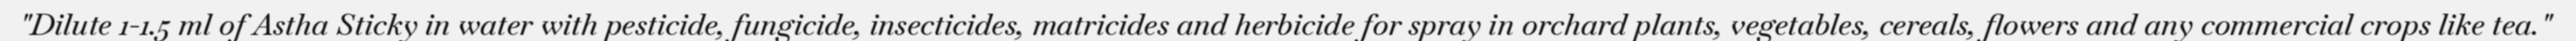
"Dilute 1-1.5 ml of Astha Sticky in water with pesticide, fungicide, insecticides, matricides and herbicide for spray in orchard plants, vegetables, cereals, flowers and any commercial crops like tea."